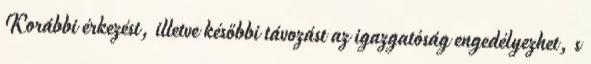
Korábbi érkezést, illetve későbbi távozást az igazgatóság engedélyezhet, s